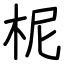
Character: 柅